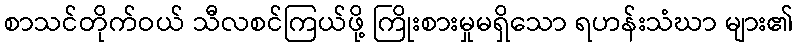
စာသင်တိုက်ဝယ် သီလစင်ကြယ်ဖို့ ကြိုးစားမှုမရှိသော ရဟန်းသံဃာ များ၏